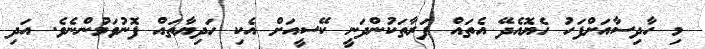
މި ހާދިސާއަށްފަހު ހެޔޮއެދޭ އެތައް ފަރާތަކުންދަނީ ކޭސީއަށް އެކި ހަދިޔާތައް ފޮނުވަމުންނެވެ. އަދި